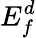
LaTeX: E_{f}^{d}